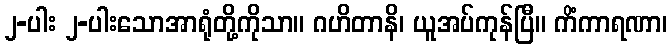
၂-ပါး ၂-ပါးသောအာရုံတို့ကိုသာ။ ဂဟိတာနိ၊ ယူအပ်ကုန်ပြီ။ ကိံကာရဏာ၊